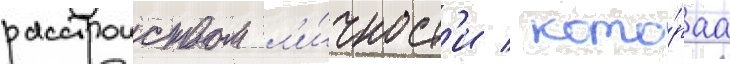
расстроиством л'и́чност'и / кото́раа